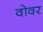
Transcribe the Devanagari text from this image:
वोवर